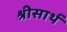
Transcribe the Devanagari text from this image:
श्रीसार्थ